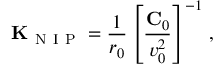
{ \bf K } _ { \mathrm { ~ N ~ I ~ P ~ } } = \frac { 1 } { r _ { 0 } } \left[ \frac { { \bf C } _ { 0 } } { v _ { 0 } ^ { 2 } } \right] ^ { - 1 } \, ,